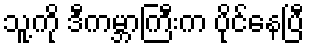
သူ့ကို ဒီကမ္ဘာကြီးက ပိုင်နေပြီ